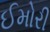
ઈમોરી